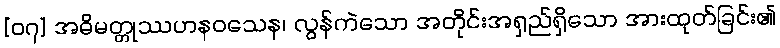
[၀၇] အဓိမတ္တုဿဟနဝသေန၊ လွန်ကဲသော အတိုင်းအရှည်ရှိသော အားထုတ်ခြင်း၏